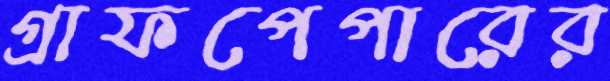
গ্রাফপেপারের